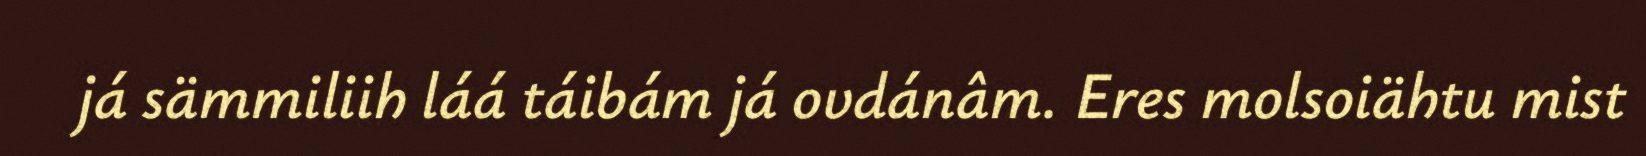
já sämmiliih láá táibám já ovdánâm. Eres molsoiähtu mist